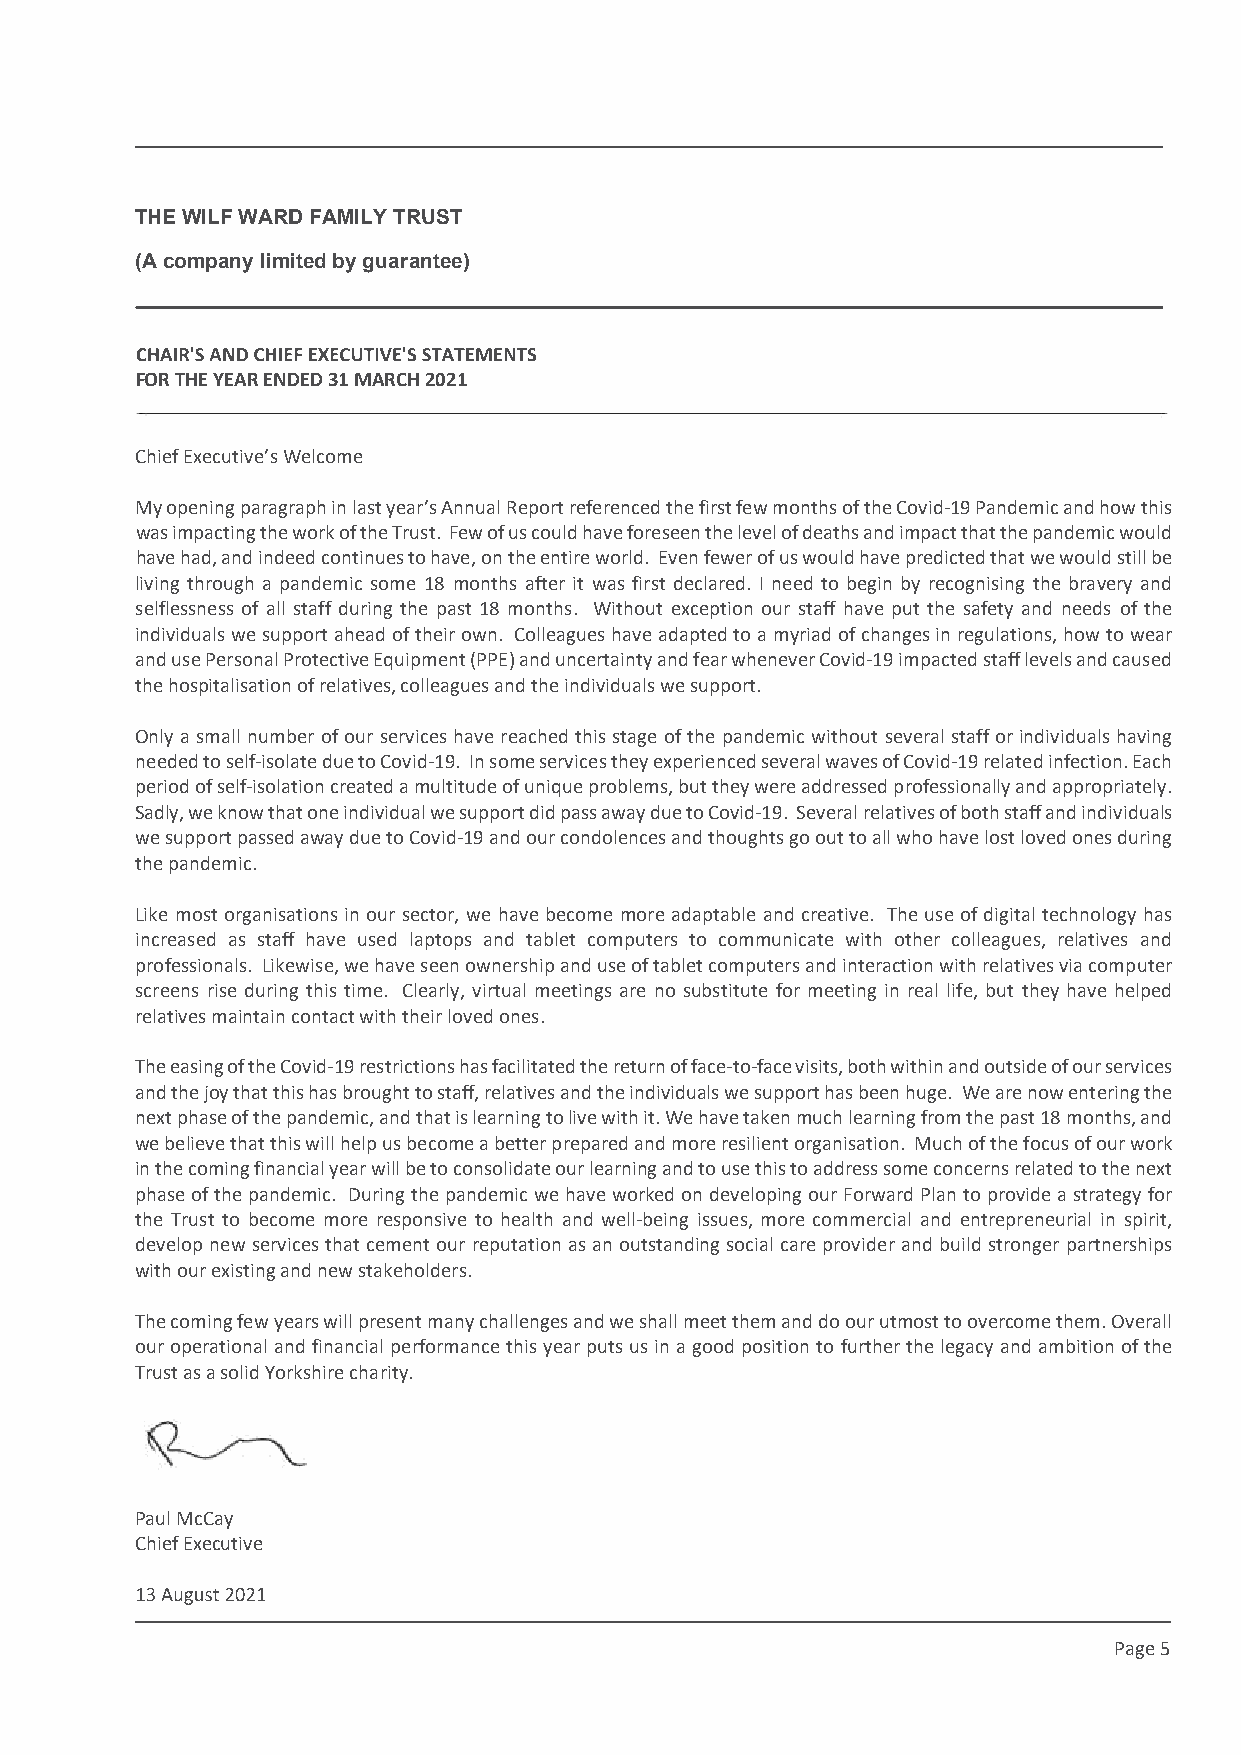
This draft produced on 28/7/2021 11:34
 THE WILF WARD FAMILY TRUST
 (A company limited by guarantee)
 FOR THE YEAR ENDED 31 MARCH 2021
 Chief Executive’s Welcome
 My opening paragraph in last year’s Annual Report referenced the first few months of the Covid-19 Pandemic and how this
 was impacting the work of the Trust. Few of us could have foreseen the level of deaths and impact that the pandemic would
 have had, and indeed continues to have, on the entire world. Even fewer of us would have predicted that we would still be
 living through a pandemic some 18 months after it was first declared. I need to begin by recognising the bravery and
 selflessness of all staff during the past 18 months. Without exception our staff have put the safety and needs of the
 individuals we support ahead of their own. Colleagues have adapted to a myriad of changes in regulations, how to wear
 and use Personal Protective Equipment (PPE) and uncertainty and fear whenever Covid-19 impacted staff levels and caused
 the hospitalisation of relatives, colleagues and the individuals we support.
 Only a small number of our services have reached this stage of the pandemic without several staff or individuals having
 needed to self-isolate due to Covid-19. In some services they experienced several waves of Covid-19 related infection. Each
 period of self-isolation created a multitude of unique problems, but they were addressed professionally and appropriately.
 Sadly, we know that one individual we support did pass away due to Covid-19. Several relatives of both staff and individuals
 we support passed away due to Covid-19 and our condolences and thoughts go out to all who have lost loved ones during
 the pandemic.
 Like most organisations in our sector, we have become more adaptable and creative. The use of digital technology has
 increased as staff have used laptops and tablet computers to communicate with other colleagues, relatives and
 professionals. Likewise, we have seen ownership and use of tablet computers and interaction with relatives via computer
 screens rise during this time. Clearly, virtual meetings are no substitute for meeting in real life, but they have helped
 relatives maintain contact with their loved ones.
 The easing of the Covid-19 restrictions has facilitated the return of face-to-face visits, both within and outside of our services
 and the joy that this has brought to staff, relatives and the individuals we support has been huge. We are now entering the
 next phase of the pandemic, and that is learning to live with it. We have taken much learning from the past 18 months, and
 we believe that this will help us become a better prepared and more resilient organisation. Much of the focus of our work
 in the coming financial year will be to consolidate our learning and to use this to address some concerns related to the next
 phase of the pandemic. During the pandemic we have worked on developing our Forward Plan to provide a strategy for
 the Trust to become more responsive to health and well-being issues, more commercial and entrepreneurial in spirit,
 develop new services that cement our reputation as an outstanding social care provider and build stronger partnerships
 with our existing and new stakeholders.
 The coming few years will present many challenges and we shall meet them and do our utmost to overcome them. Overall
 our operational and financial performance this year puts us in a good position to further the legacy and ambition of the
 Trust as a solid Yorkshire charity.
 Paul McCay
 Chief Executive
 Page 5